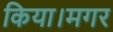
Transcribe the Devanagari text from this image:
किया।मगर